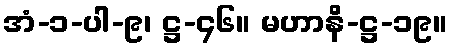
အံ-၁-ပါ-၉၊ ဋ္ဌ-၄၆။ မဟာနိ-ဋ္ဌ-၁၉။